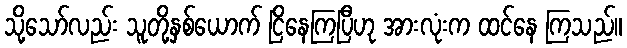
သို့သော်လည်း သူတို့နှစ်ယောက် ငြိနေကြပြီဟု အားလုံးက ထင်နေ ကြသည်။